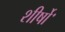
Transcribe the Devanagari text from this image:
शीर्षोॱ